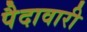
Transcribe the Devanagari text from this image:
पैदावारी